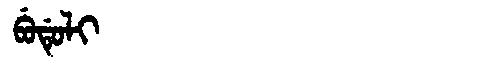
Manchu: ᠪᡠᡩᡠᠯᡳ
Romanization: BUDULI